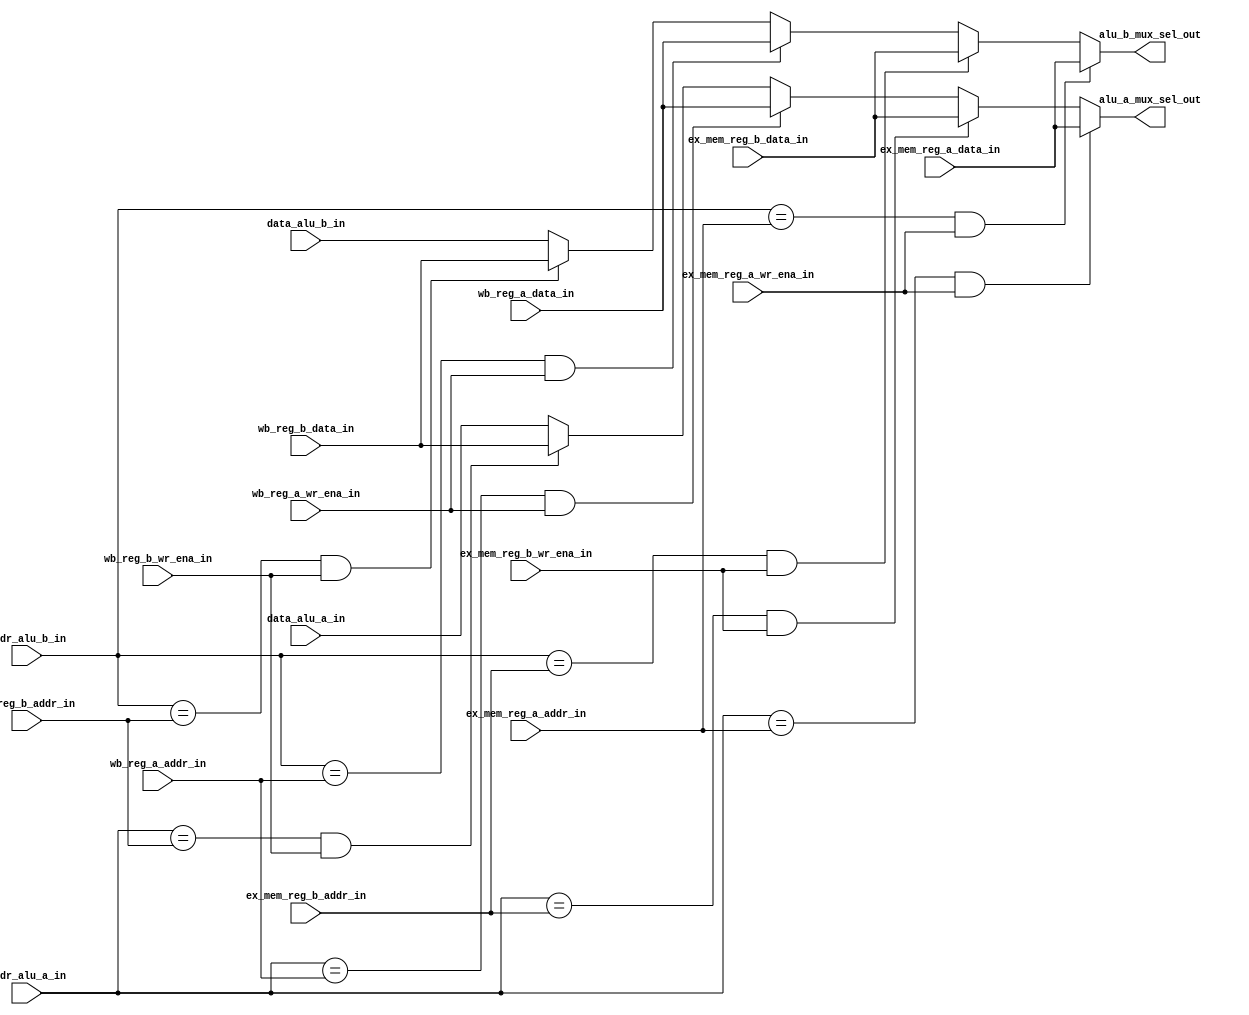
// +----------------------------------------------------------------------------
// GNU General Public License
// -----------------------------------------------------------------------------
// This file is part of uDLX (micro-DeLuX) soft IP-core.
//
// uDLX is free soft IP-core: you can redistribute it and/or modify
// it under the terms of the GNU General Public License as published by
// the Free Software Foundation, either version 3 of the License, or
// (at your option) any later version.
//
// uDLX soft core is distributed in the hope that it will be useful,
// but WITHOUT ANY WARRANTY; without even the implied warranty of
// MERCHANTABILITY or FITNESS FOR A PARTICULAR PURPOSE. See the
// GNU General Public License for more details.
//
// You should have received a copy of the GNU General Public License
// along with uDLX. If not, see <http://www.gnu.org/licenses/>.
// +----------------------------------------------------------------------------
// PROJECT: uDLX core Processor
// ------------------------------------------------------------------------------
// KEYWORDS    : dlx, forwarding, hazzard
// -----------------------------------------------------------------------------
// PURPOSE     : Provide forwarding functionality to uDLX core
// -----------------------------------------------------------------------------
module forward_unit
#(
   parameter DATA_WIDTH = 32,
   parameter REG_ADDR_WIDTH = 5
 )
 (
   input [DATA_WIDTH-1:0] data_alu_a_in,
   input [DATA_WIDTH-1:0] data_alu_b_in,
   input [REG_ADDR_WIDTH-1:0] addr_alu_a_in,
   input [REG_ADDR_WIDTH-1:0] addr_alu_b_in,
   input [DATA_WIDTH-1:0] ex_mem_reg_a_data_in,
   input [DATA_WIDTH-1:0] ex_mem_reg_b_data_in,
   input [REG_ADDR_WIDTH-1:0] ex_mem_reg_a_addr_in,
   input [REG_ADDR_WIDTH-1:0] ex_mem_reg_b_addr_in,
   input ex_mem_reg_a_wr_ena_in,
   input ex_mem_reg_b_wr_ena_in,
   input [DATA_WIDTH-1:0] wb_reg_a_data_in,
   input [DATA_WIDTH-1:0] wb_reg_b_data_in,
   input [REG_ADDR_WIDTH-1:0] wb_reg_a_addr_in,
   input [REG_ADDR_WIDTH-1:0] wb_reg_b_addr_in,
   input wb_reg_a_wr_ena_in,
   input wb_reg_b_wr_ena_in,
      
   output reg [DATA_WIDTH-1:0] alu_a_mux_sel_out,
   output reg [DATA_WIDTH-1:0] alu_b_mux_sel_out
);

   // Port-A ALU input
   always@(*)begin
      // Forwarding data from MEM -> EXE
      if((addr_alu_a_in == ex_mem_reg_a_addr_in) & ex_mem_reg_a_wr_ena_in)begin
         alu_a_mux_sel_out <= ex_mem_reg_a_data_in;
      end
      else if((addr_alu_a_in == ex_mem_reg_b_addr_in) & ex_mem_reg_b_wr_ena_in)begin
         alu_a_mux_sel_out <= ex_mem_reg_b_data_in;
      end
      // Forwarding data from WB -> EXE
      else if((addr_alu_a_in == wb_reg_a_addr_in) & wb_reg_a_wr_ena_in)begin
         alu_a_mux_sel_out <= wb_reg_a_data_in;
      end
      else  if((addr_alu_a_in == wb_reg_b_addr_in) & wb_reg_b_wr_ena_in)begin
         alu_a_mux_sel_out <= wb_reg_b_data_in;
      end
      // No forwarding
      else begin
         alu_a_mux_sel_out <= data_alu_a_in;
      end
   end


   // Port-B ALU input
   always@(*)begin
      // Forwarding data from MEM -> EXE
      if((addr_alu_b_in == ex_mem_reg_a_addr_in) & ex_mem_reg_a_wr_ena_in)begin
         alu_b_mux_sel_out <= ex_mem_reg_a_data_in;
      end
      else if((addr_alu_b_in == ex_mem_reg_b_addr_in) & ex_mem_reg_b_wr_ena_in)begin
         alu_b_mux_sel_out <= ex_mem_reg_b_data_in;
      end
      // Forwarding data from WB -> EXE
      else if((addr_alu_b_in == wb_reg_a_addr_in) & wb_reg_a_wr_ena_in)begin
         alu_b_mux_sel_out <= wb_reg_a_data_in;
      end
      else if((addr_alu_b_in == wb_reg_b_addr_in) & wb_reg_b_wr_ena_in)begin
         alu_b_mux_sel_out <= wb_reg_b_data_in;
      end
      // No forwarding
      else begin
         alu_b_mux_sel_out <= data_alu_b_in;
      end
   end


endmodule